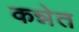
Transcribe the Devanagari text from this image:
कन्नेत